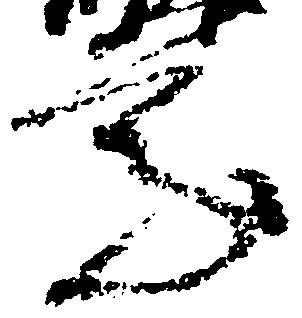
乗